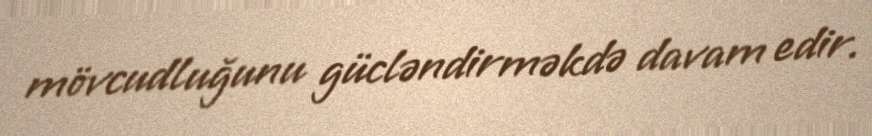
mövcudluğunu gücləndirməkdə davam edir.